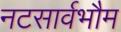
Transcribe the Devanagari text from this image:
नटसार्वभौम